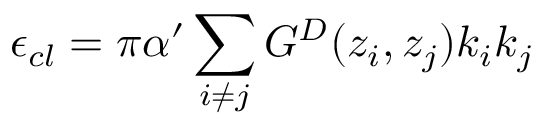
\epsilon _ { c l } = \pi \alpha ^ { \prime } \sum _ { i \neq j } G ^ { D } ( z _ { i } , z _ { j } ) k _ { i } k _ { j }